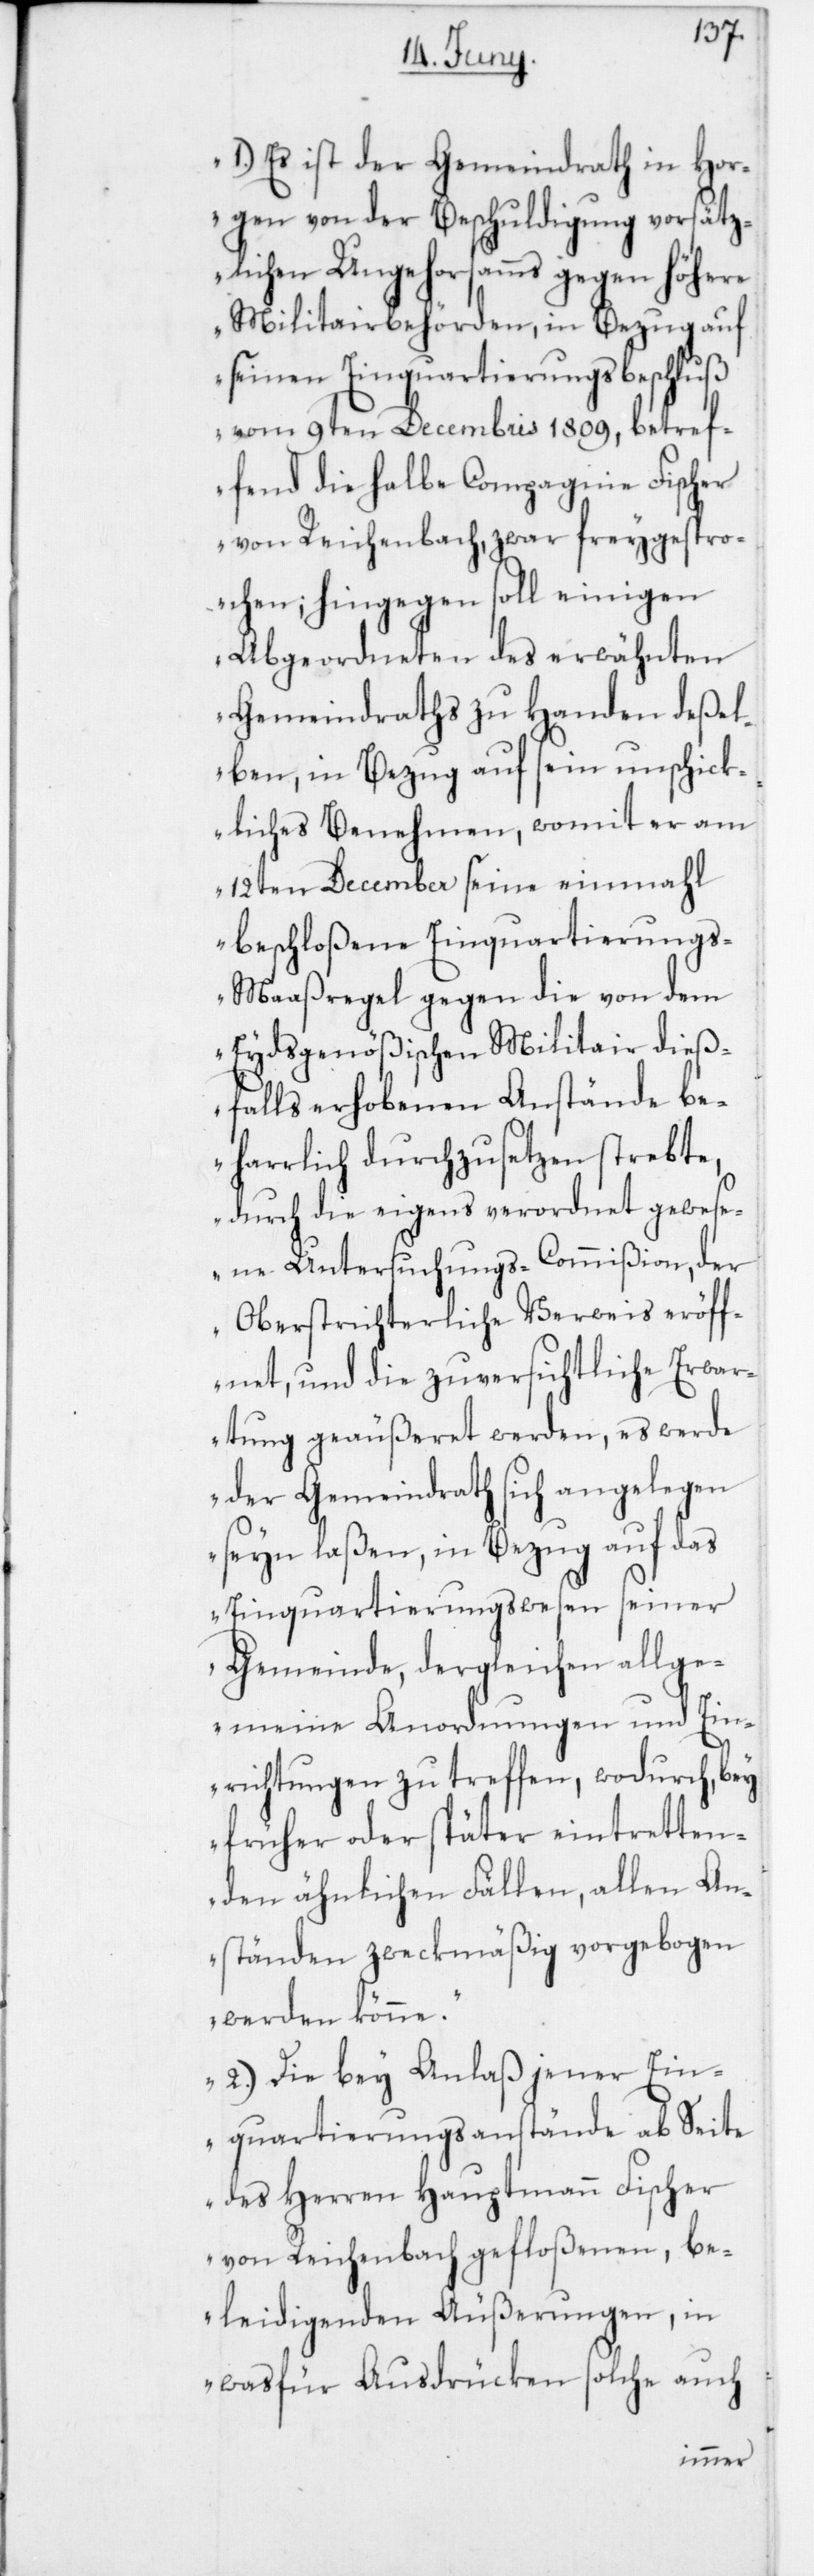
„1. Es ist der Gemeindrath in Hor¬
gen von der Beschuldigung vorsätz¬
lichen Ungehorsamms gegen höhere
Militarbehörden, in Bezug auf
seinen Einquartierungsbeschluß
vom 9ten Decembris 1809, betref¬
fend die halbe Compagnie Fischer
von Reichenbach, zwar freygespro¬
chen; hingegen soll einigen
Abgeordneten des erwähnten
Gemeindraths zu Handen deßel¬
ben, in Bezug auf sein unschick¬
liches Benehmen, womit er am
12ten December seine einmahl
beschloßene Einquartierung¬
s-Maaßregel gegen die von dem
Eydsgenößischen Militar dieß¬
falls erhobenen Anstände be¬
harrlich durchzusetzen strebte,
durch die eigens verordnet gewese¬
ne Untersuchungs-Commißion, der
Oberstrichterliche Verweis eröff¬
net, und die zuversichtliche Erwar¬
tung geäußeret werden, es werde
der Gemeindrath sich angelegen
seyn laßen, in Bezug auf das
Einquartierungswesen seiner
Gemeinde, dergleichen allge¬
meine Anordnungen und Ein¬
richtungen zu treffen, wodurch bey
früher oder später eintretten¬
den ähnlichen Fällen, allen An¬
ständen zweckmäßig vorgebogen
werden könne.
2. Die bey Anlaß jener Ein¬
quartierungsanstände ab Seit¬
e des Herren Hauptmann Fischer
von Reichenbach gefloßenen, be¬
leidigenden Äußerungen, in
wasfür Ausdrücken solche auch